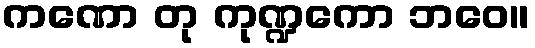
ကဏော တု ကုဏ္ဍကော ဘဝေ။